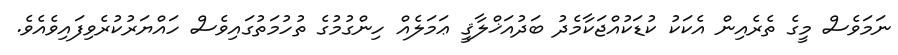
ނަމަވެސް މީގެ ތެރެއިން އެކަކު ކުޑަކުއްޖަކާމެދު ބަދުއަޚްލާޤީ ޢަމަލެއް ހިންގުމުގެ ތުހުމަތުގައިވެސް ހައްޔަރުކުރެވިފައިވެއެވެ.